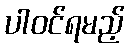
ပါဝင်ရမည့်